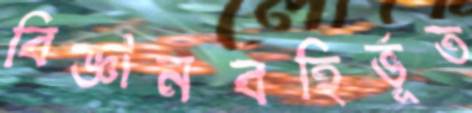
বিজ্ঞানবহির্ভূত